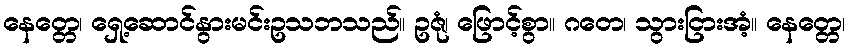
နေတ္တေ၊ ရှေ့ဆောင်နွားမင်းဥသဘသည်။ ဥဇုံ၊ ဖြောင့်စွာ။ ဂတေ၊ သွားငြားအံ့။ နေတ္တေ၊